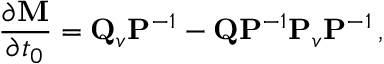
\frac { \partial { \bf M } } { \partial t _ { 0 } } = { \bf Q } _ { v } { \bf P } ^ { - 1 } - { \bf Q } { \bf P } ^ { - 1 } { \bf P } _ { v } { \bf P } ^ { - 1 } \, ,